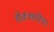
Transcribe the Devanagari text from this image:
शेक्शपीयर